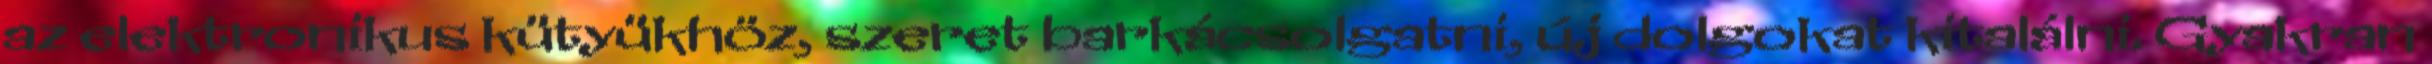
az elektronikus kütyükhöz, szeret barkácsolgatni, új dolgokat kitalálni. Gyakran